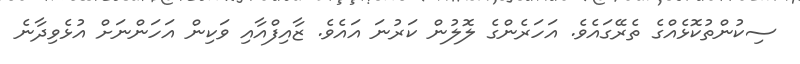
ސިކުންތުކޮޅެއްގެ ތެރޭގައެވެ. އަހަރެންގެ ލޮލުން ކަރުނަ އައެވެ. ޒާއިފްއާއި ވަކިން އަހަންނަށް އުޅެވިދާނެ